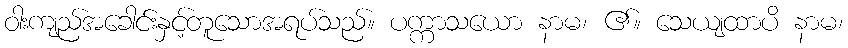
ဝါးကျည်အခေါင်းနှင့်တူသောအရပ်သည်။ ပက္ကာသယော နာမ၊ ၏။ သေယျထာပိ နာမ၊